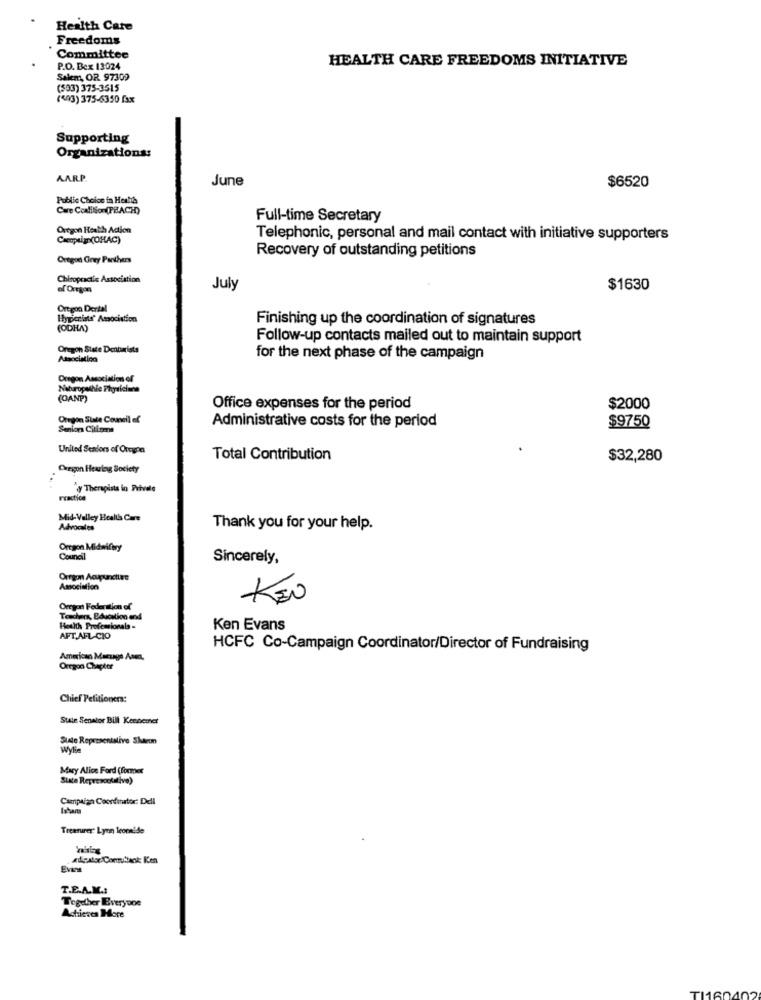
Health Care
Freedoms
Committee
HEALTH CARE FREEDOMS INITIATIVE
P.O. Bex 13024
Sakm OR 97309
($93) 375-3515
(<03) 375-6350 fax
Supporting
Organizations:
AARP.
June
$6520
Public Choice in Health
Care Coalition(PRACH)
Full-time Secretary
Oregon Heath Adion
Cacoptim (OHAC)
Telephonic, personal and mail contact with initiative supporters
Recovery of outstanding petitions
Oregon Grey Panthers
Chiropractic Association
of Oregon
July
$1630
Oregon Dertal
Hygienists' Association
Finishing up the coordination of signatures
(ODHA)
Follow-up contacts mailed out to maintain support
Oregon State Dentarists
Association
for the next phase of the campaign
Oregon Association of
Naturopathie Physicians
(OANP)
Office expenses for the period
$2000
Oregon State Council of
Administrative costs for the period
$9750
Senior Citizens
United Scaiors of Oregon
Total Contribution
$32,280
Cregon Heving Society
y Therapists in Private
Practice
Mid-Valley Health Care
Advocates
Thank you for your help.
Oregon Midwifery
Council
Sincerely,
Oregon Acupuncture
Amociation
KEN
Oregon Federation of
Teacher, Education end
Health Professionals -
Ken Evans
AFT.AFL-CIO
HCFC Co-Campaign Coordinator/Director of Fundraising
American Macsago Ane,
Oregon Chapter
Chief Pelitioners:
Stale Senator Bill Kennenet
Slate Representalive Sharon
Wylie
Mary Alice Ford (former
State Represcoletivo)
Campaign Coordinator: Dell
Treasurer Lyon Ieoralde
EVast
T.E.A.M .:
Together Everyone
Achieves Here
TI160